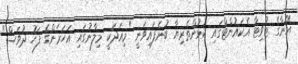
އޭނާގެ ޓުވިޓާ އެކައުންޓްގައި ކުޅުންތެރިޔާ ބުނެފައިވަނީ "މިއަދަކީ މިލާނުގައި އަހަރެންގެ ފަހު ދުވަސް"